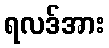
ရလဒ်အား